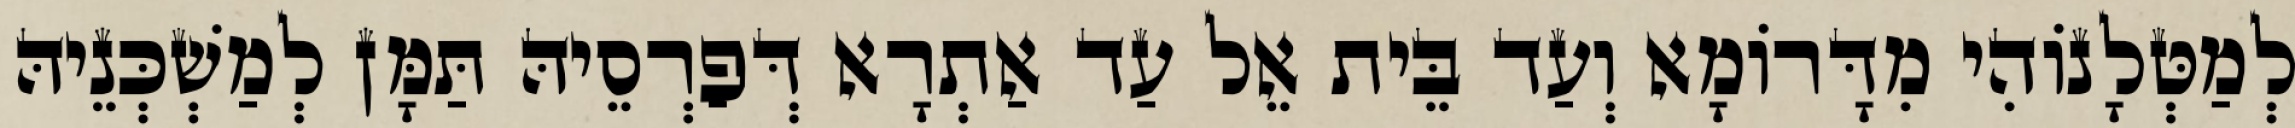
לְמַטְּלָנוֹהִי מִדָּרוֹמָא וְעַד בֵּית אֵל עַד אַתְרָא דְּפַרְסֵיהּ תַּמָּן לְמַשְׁכְּנֵיהּ